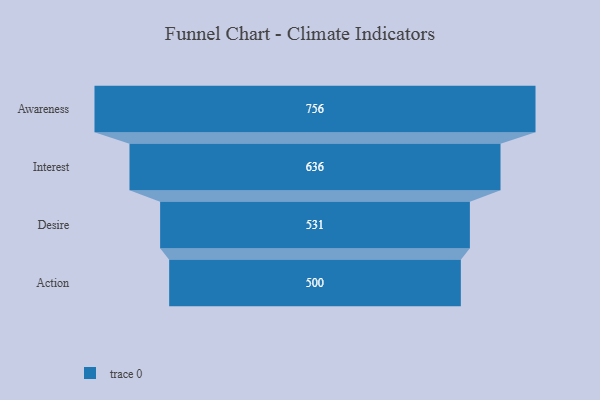
{"axis": {"x": "Stage", "y": "Value"}, "legend": [""], "data": [{"x": "Awareness", "y": 756.0, "type": ""}, {"x": "Interest", "y": 636.0, "type": ""}, {"x": "Desire", "y": 531.0, "type": ""}, {"x": "Action", "y": 500, "type": ""}]}